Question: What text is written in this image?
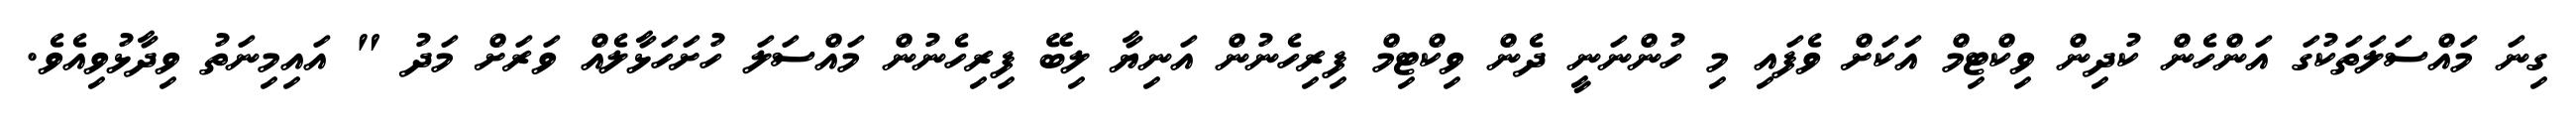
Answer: ގިނަ މައްސަލަތަކުގަ އަންހެން ކުދިން ވިކްޓިމް އަކަށް ވެފައި މި ހުންނަނީ ދެން ވިކްޓިމް ފިރިހެނުން އަނިޔާ ލިބޭ ފިރިހެނުން މައްސަލަ ހުށަހަޅާލެއް ވަރަށް މަދު " އައިމިނަތު ވިދާޅުވިއެވެ.